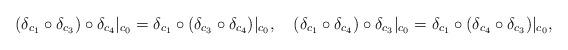
LaTeX: \begin{align*}&(\delta_{c_1} \circ \delta_{c_3}) \circ \delta_{c_4}|_{c_0} = \delta_{c_1} \circ (\delta_{c_3} \circ \delta_{c_4})|_{c_0},~~~(\delta_{c_1} \circ \delta_{c_4}) \circ \delta_{c_3}|_{c_0} =\delta_{c_1} \circ (\delta_{c_4} \circ \delta_{c_3})|_{c_0},\end{align*}